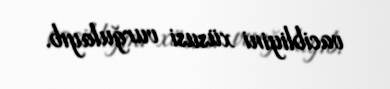
vacibliyini xüsusi vurğulayıb.